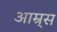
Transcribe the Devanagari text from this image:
आम्र्स